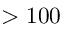
> 1 0 0